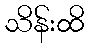
သိန်းထိ